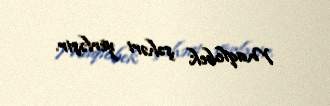
Maqlobek şəhəri yerləşir.